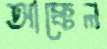
আক্কেল